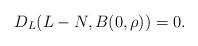
LaTeX: \begin{align*}D_{L}(L-N,B(0,\rho)) = 0.\end{align*}